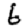
Digit: 6